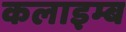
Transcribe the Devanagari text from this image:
कलाइम्ब